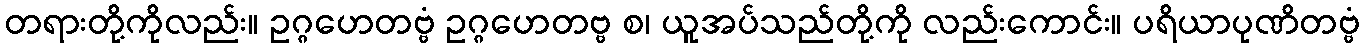
တရားတို့ကိုလည်း။ ဥဂ္ဂဟေတဗ္ဗံ ဥဂ္ဂဟေတဗ္ဗ စ၊ ယူအပ်သည်တို့ကို လည်းကောင်း။ ပရိယာပုဏိတဗ္ဗံ